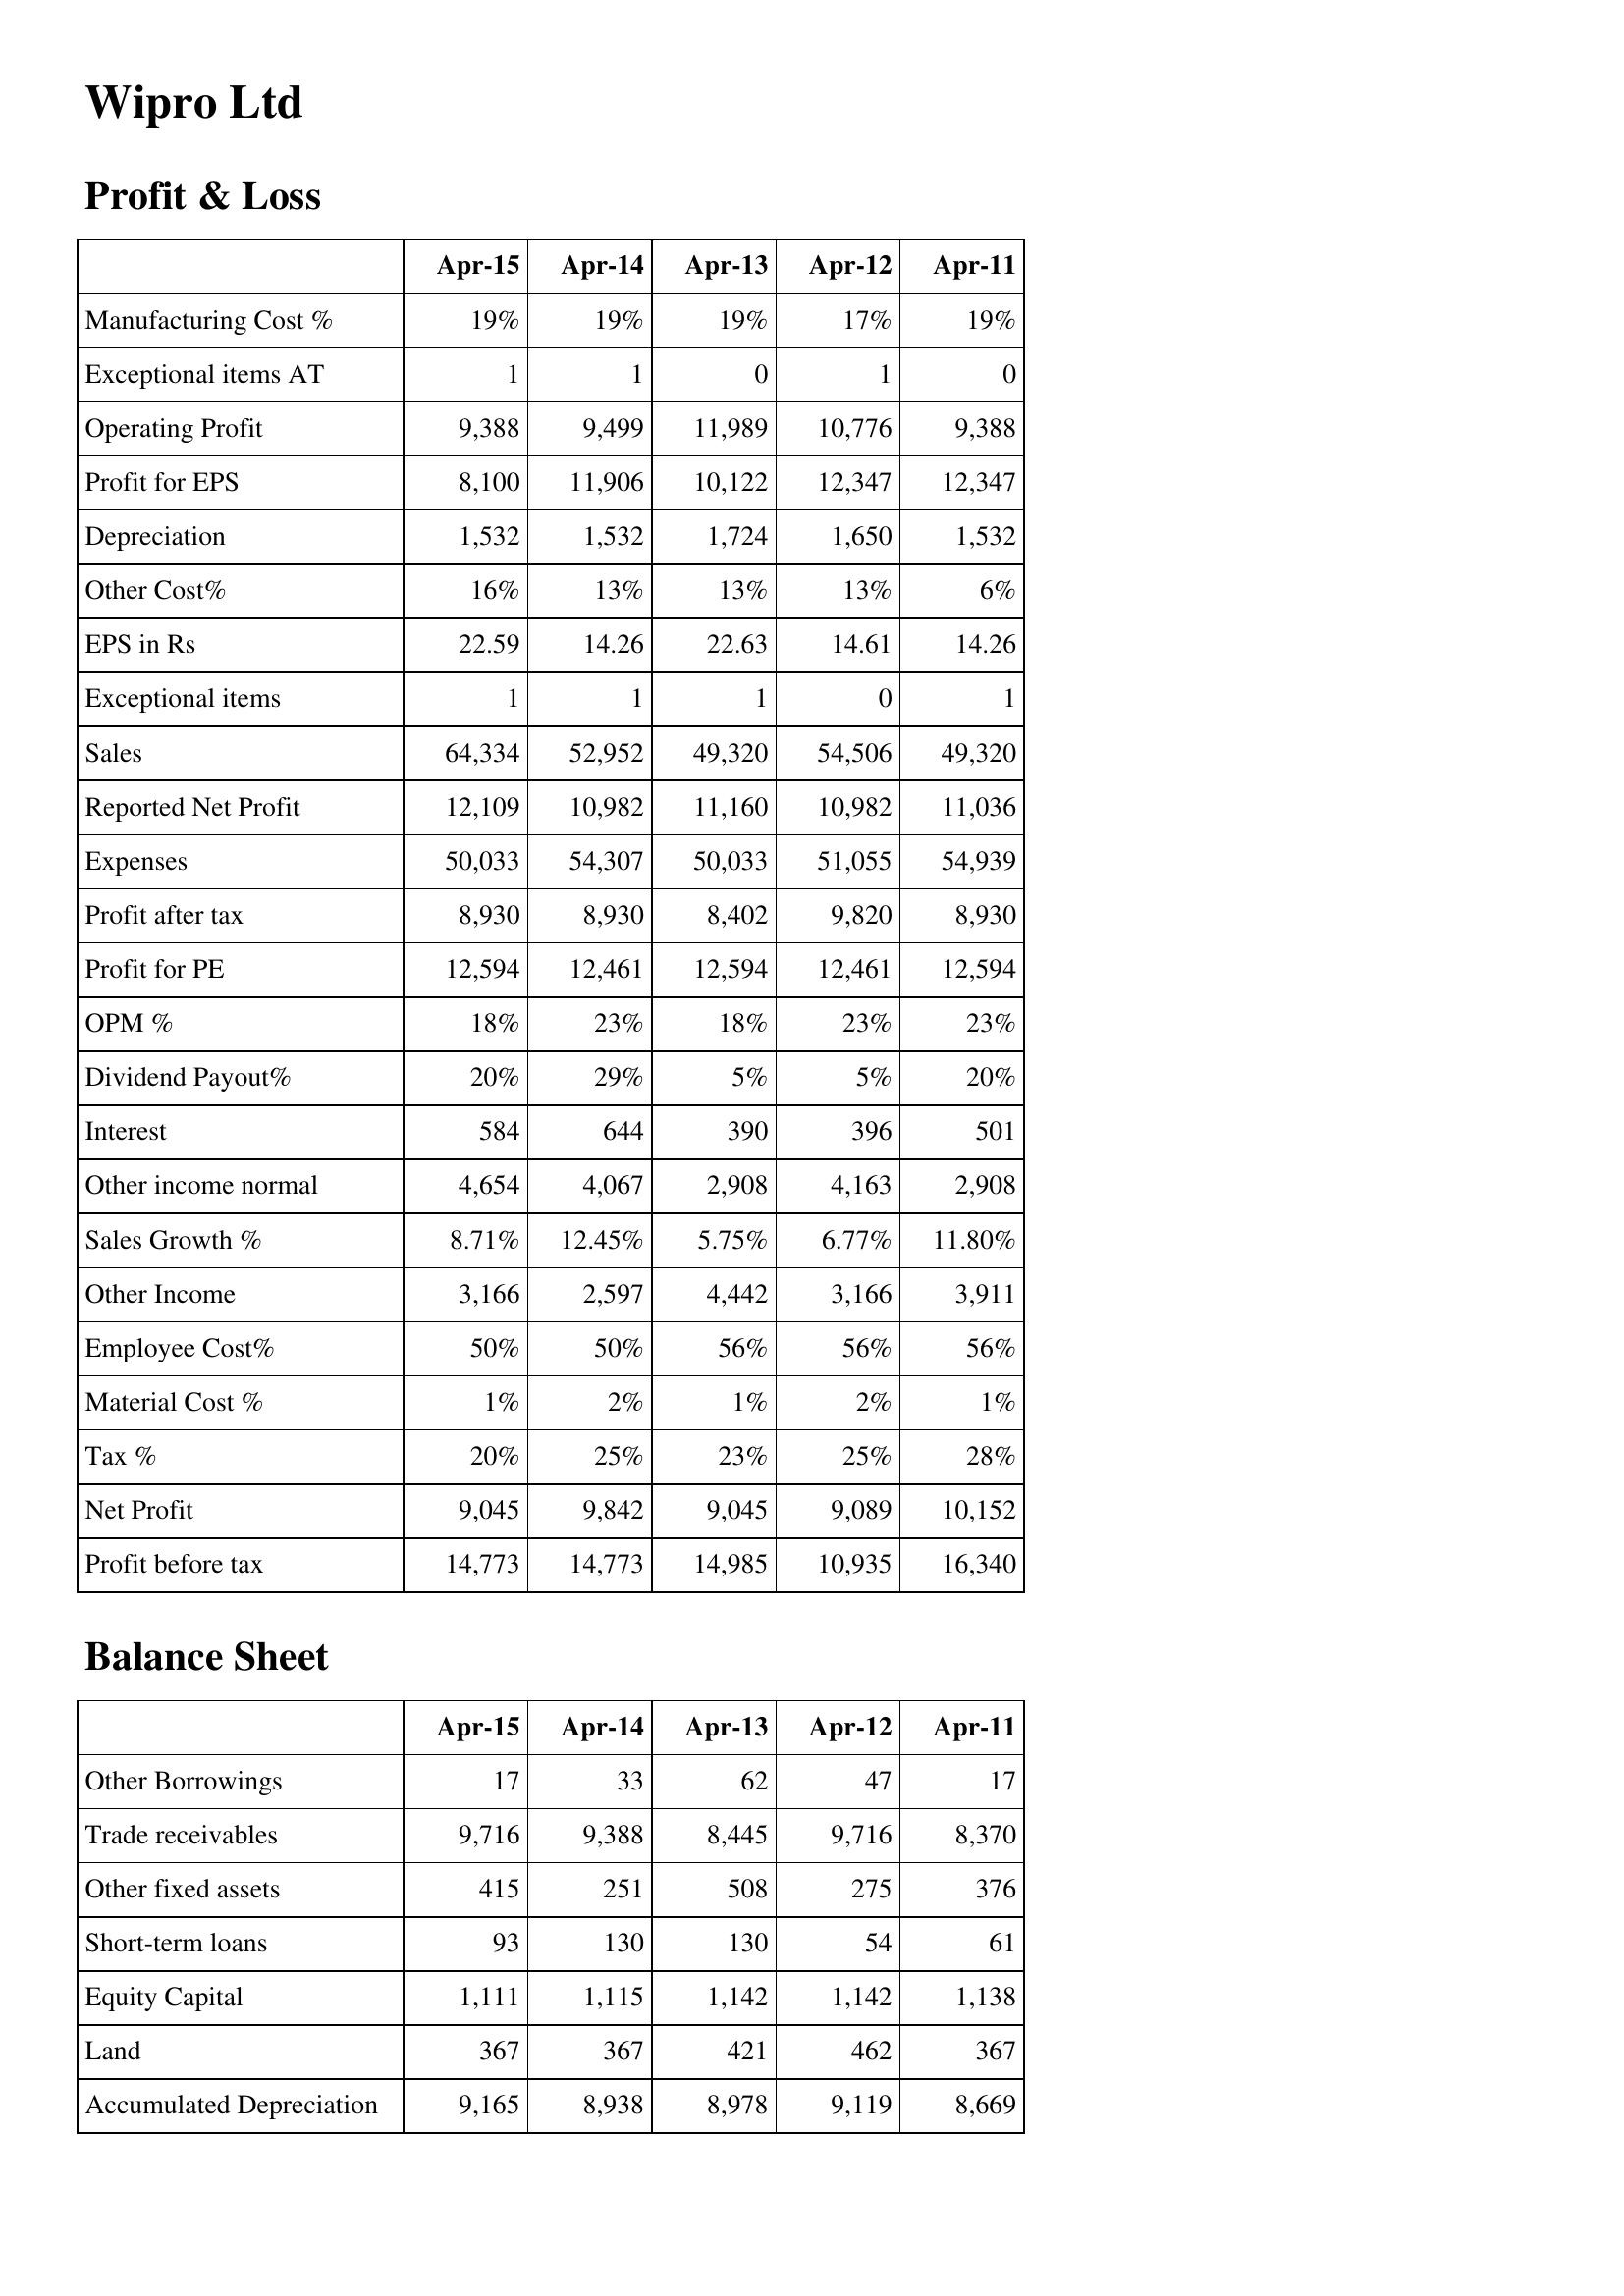
Apr-15: Profit & Loss: Manufacturing Cost %: 19%
Exceptional items AT: 1
Operating Profit: 9,388
Profit for EPS: 8,100
Depreciation: 1,532
Other Cost%: 16%
EPS in Rs: 22.59
Exceptional items: 1
Sales: 64,334
Reported Net Profit: 12,109
Expenses: 50,033
Profit after tax: 8,930
Profit for PE: 12,594
OPM %: 18%
Dividend Payout%: 20%
Interest: 584
Other income normal: 4,654
Sales Growth %: 8.71%
Other Income: 3,166
Employee Cost%: 50%
Material Cost %: 1%
Tax %: 20%
Net Profit: 9,045
Profit before tax: 14,773
Balance Sheet: Other Borrowings: 17
Trade receivables: 9,716
Other fixed assets: 415
Short-term loans: 93
Equity Capital: 1,111
Land: 367
Accumulated Depreciation: 9,165
Apr-14: Profit & Loss: Manufacturing Cost %: 19%
Exceptional items AT: 1
Operating Profit: 9,499
Profit for EPS: 11,906
Depreciation: 1,532
Other Cost%: 13%
EPS in Rs: 14.26
Exceptional items: 1
Sales: 52,952
Reported Net Profit: 10,982
Expenses: 54,307
Profit after tax: 8,930
Profit for PE: 12,461
OPM %: 23%
Dividend Payout%: 29%
Interest: 644
Other income normal: 4,067
Sales Growth %: 12.45%
Other Income: 2,597
Employee Cost%: 50%
Material Cost %: 2%
Tax %: 25%
Net Profit: 9,842
Profit before tax: 14,773
Balance Sheet: Other Borrowings: 33
Trade receivables: 9,388
Other fixed assets: 251
Short-term loans: 130
Equity Capital: 1,115
Land: 367
Accumulated Depreciation: 8,938
Apr-13: Profit & Loss: Manufacturing Cost %: 19%
Exceptional items AT: 0
Operating Profit: 11,989
Profit for EPS: 10,122
Depreciation: 1,724
Other Cost%: 13%
EPS in Rs: 22.63
Exceptional items: 1
Sales: 49,320
Reported Net Profit: 11,160
Expenses: 50,033
Profit after tax: 8,402
Profit for PE: 12,594
OPM %: 18%
Dividend Payout%: 5%
Interest: 390
Other income normal: 2,908
Sales Growth %: 5.75%
Other Income: 4,442
Employee Cost%: 56%
Material Cost %: 1%
Tax %: 23%
Net Profit: 9,045
Profit before tax: 14,985
Balance Sheet: Other Borrowings: 62
Trade receivables: 8,445
Other fixed assets: 508
Short-term loans: 130
Equity Capital: 1,142
Land: 421
Accumulated Depreciation: 8,978
Apr-12: Profit & Loss: Manufacturing Cost %: 17%
Exceptional items AT: 1
Operating Profit: 10,776
Profit for EPS: 12,347
Depreciation: 1,650
Other Cost%: 13%
EPS in Rs: 14.61
Exceptional items: 0
Sales: 54,506
Reported Net Profit: 10,982
Expenses: 51,055
Profit after tax: 9,820
Profit for PE: 12,461
OPM %: 23%
Dividend Payout%: 5%
Interest: 396
Other income normal: 4,163
Sales Growth %: 6.77%
Other Income: 3,166
Employee Cost%: 56%
Material Cost %: 2%
Tax %: 25%
Net Profit: 9,089
Profit before tax: 10,935
Balance Sheet: Other Borrowings: 47
Trade receivables: 9,716
Other fixed assets: 275
Short-term loans: 54
Equity Capital: 1,142
Land: 462
Accumulated Depreciation: 9,119
Apr-11: Profit & Loss: Manufacturing Cost %: 19%
Exceptional items AT: 0
Operating Profit: 9,388
Profit for EPS: 12,347
Depreciation: 1,532
Other Cost%: 6%
EPS in Rs: 14.26
Exceptional items: 1
Sales: 49,320
Reported Net Profit: 11,036
Expenses: 54,939
Profit after tax: 8,930
Profit for PE: 12,594
OPM %: 23%
Dividend Payout%: 20%
Interest: 501
Other income normal: 2,908
Sales Growth %: 11.80%
Other Income: 3,911
Employee Cost%: 56%
Material Cost %: 1%
Tax %: 28%
Net Profit: 10,152
Profit before tax: 16,340
Balance Sheet: Other Borrowings: 17
Trade receivables: 8,370
Other fixed assets: 376
Short-term loans: 61
Equity Capital: 1,138
Land: 367
Accumulated Depreciation: 8,669